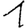
Digit: 1